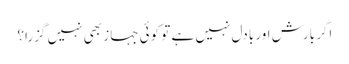
اگر بارش اور بادل نہیں ہے تو کوئی جہاز بھی نہیں گزرا؟